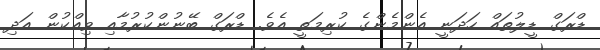
ޑްރަގް ޑީލުތައް ހަދަނީ އެންމެންގެ ކުރިމަތީ އެވެ. ޑްރަގް ބޭނުންކުރުމާއި ވިއްކުން އަދި